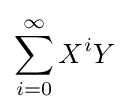
\sum _{i=0}^{\infty }X^{i}Y